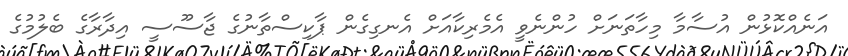
އަނެއްކޮޅުން އުސާމާ މިހާތަނަށް ހުންނެވީ އެމެރިކާއަށް އެނގިގެން ޕާކިސްތާނުގެ ޖާސޫސީ އިދާރާގެ ބެލުމުގެ